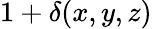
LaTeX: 1+\delta(x,y,z)